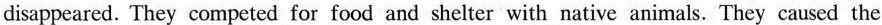
disappeared. They competed for food and shelter with native animals. They caused the